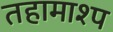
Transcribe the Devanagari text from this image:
तहामाश्प